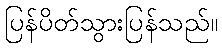
ပြန်ပိတ်သွားပြန်သည်။